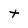
Character: t